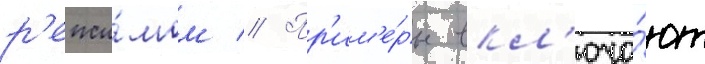
р'ежи́мом // Пр'им'е́ры вкл'юча́ют